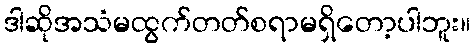
ဒါဆိုအသံမထွက်တတ်စရာမရှိတော့ပါဘူး။